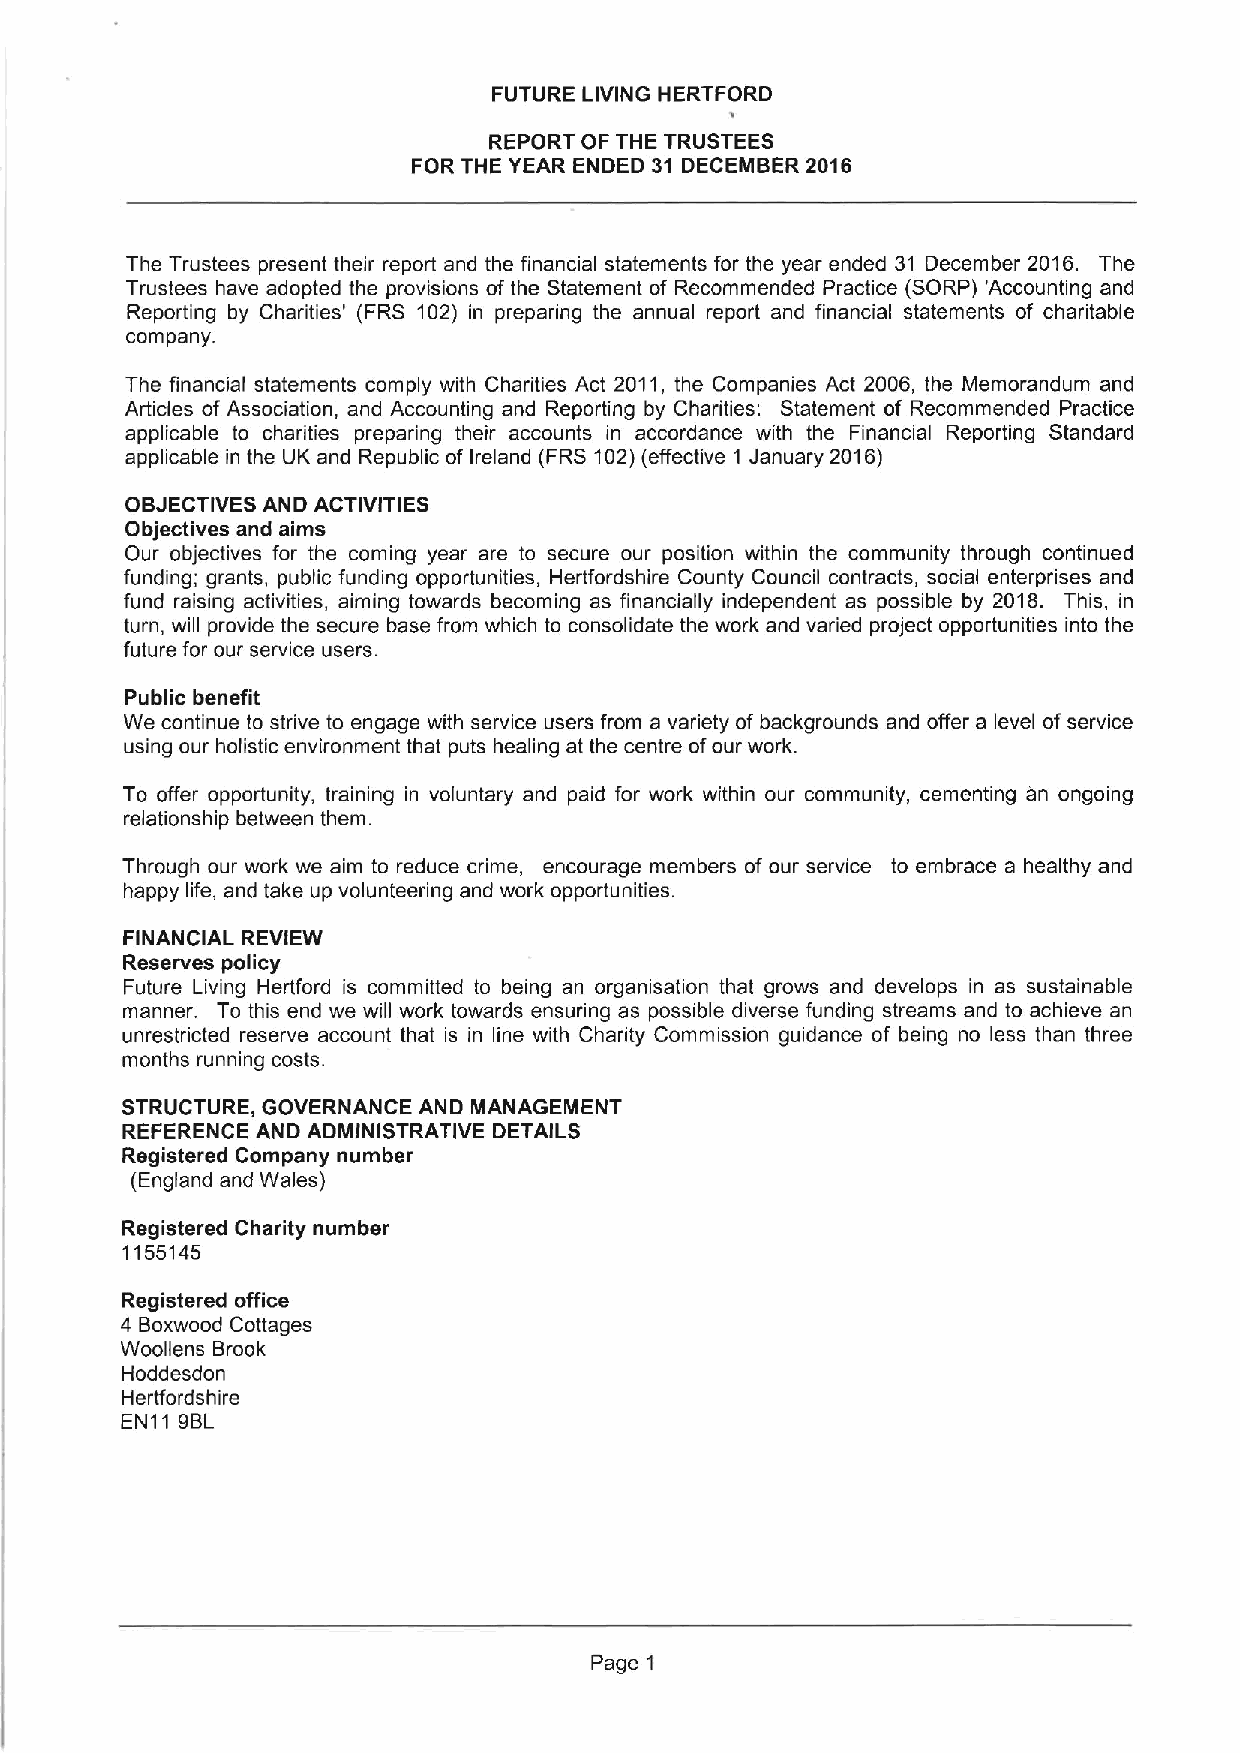
FUTURE LIVING HERTFORD
 REPORT OF THE TRUSTEES
 FOR THE YEAR ENDED 31 DECEMBER 2016
 The Trustees present their report and the financial statements for the year ended 31 December 2016. The
 Trustees have adopted the provisions of the Statement of Recommended Practice (SORP) 'Accounting and
 Reporting by Charities' (FRS 102) in preparing the annual report and financial statements of charitable
 company.
 The financial statements comply with Charities Act 2011, the Companies Act 2006, the Memorandum and
 Articles of Association, and Accounting and Reporting by Charities: Statement of Recommended Practice
 applicable to charities preparing their accounts in accordance with the Financial Reporting Standard
 applicable in the UK and Republic of Ireland (FRS 102)(effective 1 January 2016)
 OBJECTIVES AND ACTIVITIES
 Objectives and aims
 Our objectives for the coming year are to secure our position within the community through continued
 funding; grants, public funding opportunities, Hertfordshire County Council contracts, social enterprises and
 fund raising activities, aiming towards becoming as financially independent as possible by 2018. This, in
 turn, will provide the secure base from which to consolidate the work and varied project opportunities into the
 future for our service users.
 Public benefit
 We continue to strive to engage with service users from a variety of backgrounds and offer a level ofservice
 using our holistic environment that puts healing at the centre ofour work.
 To offer opportunity, training in voluntary and paid for work within our community, cementing an ongoing
 relationship between them.
 Through our work we aim to reduce crime, encourage members of our service to embrace a healthy and
 happy life, and take up volunteering and work opportunities.
 FINANCIAL REVIEW
 Reserves policy
 Future Living Herfford is committed to being an organisation that grows and develops in as sustainable
 manner. To this end we will work towards ensuring as possible diverse funding streams and to achieve an
 unrestricted reserve account that is in line with Charity Commission guidance of being no less than three
 months running costs.
 STRUCTURE, GOVERNANCE AND MANAGEMENT
 REFERENCE AND ADMINISTRATIVE DETAILS
 Registered Company number
 (England and Wales)
 Registered Charity number
 1155145
 Registered office
 4 Boxwood Cottages
 Woollens Brook
 Hoddesdon
 Herffordshire
 EN11 9BL
 Page 1